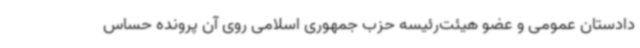
دادستان عمومی و عضو هیئت‌رئیسه حزب جمهوری اسلامی روی آن پرونده حساس